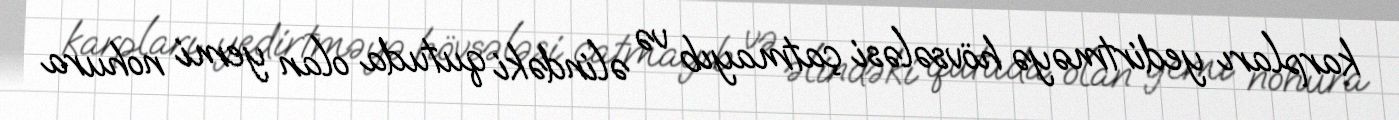
karpları yedirtməyə hövsələsi çatmayıb və əlindəki qutuda olan yemi nohura